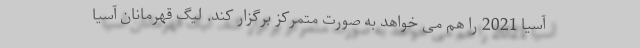
آسیا 2021 را هم می خواهد به صورت متمرکز برگزار کند. لیگ قهرمانان آسیا